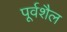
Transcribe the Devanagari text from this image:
पूर्वशैल